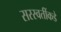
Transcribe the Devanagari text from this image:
सरस्वतींकडे